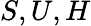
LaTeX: S,U,H